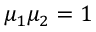
\mu _ { 1 } \mu _ { 2 } = 1